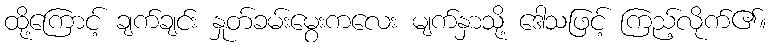
ထို့ကြောင့် ချက်ချင်း နှုတ်ခမ်းမွေးကလေး မျက်နှာသို့ ဒေါသဖြင့် ကြည့်လိုက်၏။